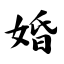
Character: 婚